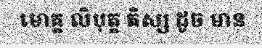
មោគ្គ លិបុត្ត តិស្ស ដូច មាន